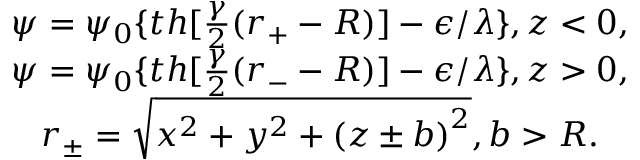
\begin{array} { c } { { \psi = \psi _ { 0 } \{ t h [ \frac \gamma 2 ( r _ { + } - R ) ] - \epsilon / \lambda \} , z < 0 , } } \\ { { \psi = \psi _ { 0 } \{ t h [ \frac \gamma 2 ( r _ { - } - R ) ] - \epsilon / \lambda \} , z > 0 , } } \\ { { r _ { \pm } = \sqrt { x ^ { 2 } + y ^ { 2 } + \left( z \pm b \right) ^ { 2 } } , b > R . } } \end{array}